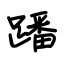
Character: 蹯